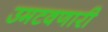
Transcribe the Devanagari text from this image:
उमटवणारी